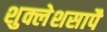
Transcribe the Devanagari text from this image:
शुक्लेशसापै